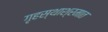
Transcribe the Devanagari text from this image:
गृहस्थाश्रमात